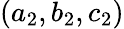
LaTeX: (a_{2},b_{2},c_{2})